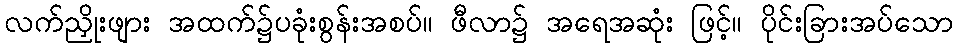
လက်ညှိုးဖျား အထက်၌ပခုံးစွန်းအစပ်။ ဖီလာ၌ အရေအဆုံး ဖြင့်။ ပိုင်းခြားအပ်သော